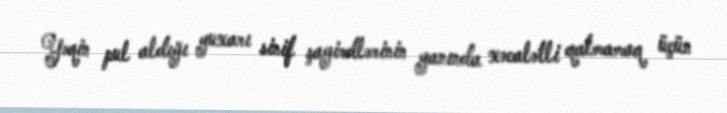
Yəqin pul aldığı yuxarı sinif şagirdlərinin yanında xəcalətli qalmamaq üçün